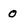
Character: 0